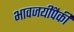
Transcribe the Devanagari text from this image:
भावजयींपैकी